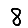
Digit: 8